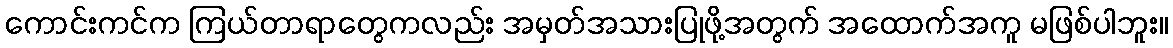
ကောင်းကင်က ကြယ်တာရာတွေကလည်း အမှတ်အသားပြုဖို့အတွက် အထောက်အကူ မဖြစ်ပါဘူး။